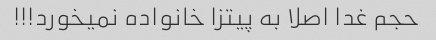
حجم غدا اصلا به پیتزا خانواده نمیخورد!!!